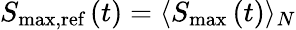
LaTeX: S_{\textrm{max,ref}}\left(t\right)=\langle S_{\textrm{max}}\left(t\right)\rangle_{N}